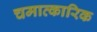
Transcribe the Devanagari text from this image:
चमात्कारिक